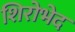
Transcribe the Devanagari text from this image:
शिरोभेद